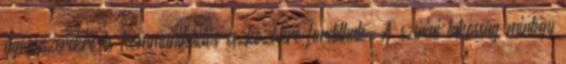
gyógyszerekre és kommunikációs eszközökre fordítható. A szíriai lakosság mintegy